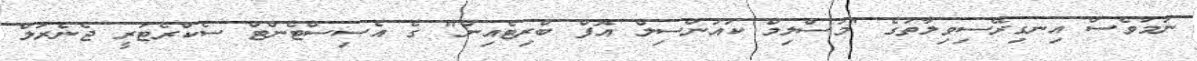
ނަމަވެސް އިނގިރޭސިވިލާތުގެ "މުސްލިމް ކައުންސިލް އޮފް ބްރިޓެއިން" ގެ އެސިސްޓެންޓް ސެކްރެޓަރީ ޖެނެރަލް